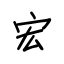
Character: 宏